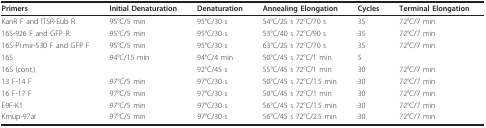
<table><thead><tr><td><b>Primers</b></td><td><b>Initial Denaturation</b></td><td><b>Denaturation</b></td><td><b>Annealing Elongation</b></td><td><b>Cycles</b></td><td><b>Terminal Elongation</b></td></tr></thead><tbody><tr><td>KanR F and ITSR-Eub R</td><td>95°C/5 min</td><td>95°C/30 s</td><td>54°C/25 s 72°C/70 s</td><td>35</td><td>72°C/7 min</td></tr><tr><td>16S-926 F and GFP R:</td><td>95°C/5 min</td><td>95°C/30 s</td><td>53°C/40 s 72°C/90 s</td><td>35</td><td>72°C/7 min</td></tr><tr><td>16S-Pr.mir-530 F and GFP F</td><td>95°C/5 min</td><td>95°C/30 s</td><td>63°C/25 s 72°C/70 s</td><td>35</td><td>72°C/7 min</td></tr><tr><td>16S</td><td>94°C/15 min</td><td>94°C/4 min</td><td>50°C/45 s 72°C/1 min</td><td>5</td><td></td></tr><tr><td>16S (cont.)</td><td></td><td>92°C/45 s</td><td>55°C/45 s 72°C/1 min</td><td>30</td><td>72°C/7 min</td></tr><tr><td>13 F-14 F</td><td>97°C/5 min</td><td>97°C/30 s</td><td>50°C/45 s 72°C/1.5 min</td><td>30</td><td>72°C/7 min</td></tr><tr><td>16 F-17 F</td><td>97°C/5 min</td><td>97°C/30 s</td><td>50°C/45 s 72°C/1 min</td><td>30</td><td>72°C/7 min</td></tr><tr><td>E9F-K1</td><td>97°C/5 min</td><td>97°C/30 s</td><td>56°C/45 s 72°C/1.5 min</td><td>30</td><td>72°C/7 min</td></tr><tr><td>Kmup-97ar</td><td>97°C/5 min</td><td>97°C/30 s</td><td>56°C/45 s 72°C/2.5 min</td><td>30</td><td>72°C/7 min</td></tr></tbody></table>